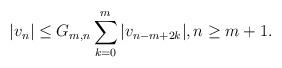
LaTeX: \begin{align*} |v_n| \le G_{m,n} \sum_{k=0}^m |v_{n-m+2k}|, n\ge m+1. \end{align*}